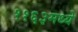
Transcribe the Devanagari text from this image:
११६३मध्ये